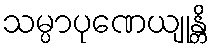
သမ္ပာပုဏေယျုန္တိ